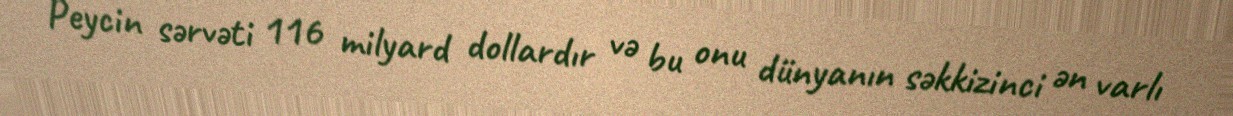
Peycin sərvəti 116 milyard dollardır və bu onu dünyanın səkkizinci ən varlı